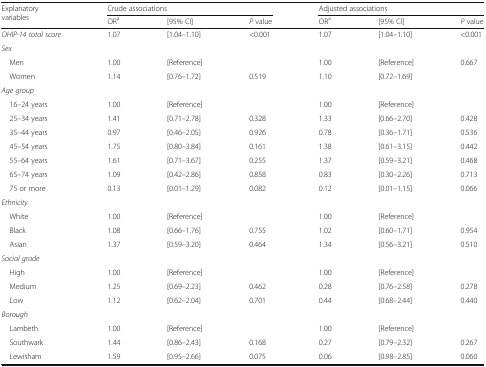
<table><thead><tr><td rowspan="2"><b>Explanatory variables</b></td><td colspan="3"><b>Crude associations</b></td><td colspan="3"><b>Adjusted associations</b></td></tr><tr><td><b>OR<sup>a</sup></b></td><td><b>[95% CI]</b></td><td><b><i>P</i> value</b></td><td><b>OR<sup>a</sup></b></td><td><b>[95% CI]</b></td><td><b><i>P</i> value</b></td></tr></thead><tbody><tr><td><i>OHIP-14 total score</i></td><td>1.07</td><td>[1.04–1.10]</td><td>&lt;0.001</td><td>1.07</td><td>[1.04–1.10]</td><td>&lt;0.001</td></tr><tr><td colspan="7"><i>Sex</i></td></tr><tr><td> Men</td><td>1.00</td><td>[Reference]</td><td></td><td>1.00</td><td>[Reference]</td><td rowspan="2">0.667</td></tr><tr><td> Women</td><td>1.14</td><td>[0.76–1.72]</td><td>0.519</td><td>1.10</td><td>[0.72–1.69]</td></tr><tr><td colspan="7"><i>Age group</i></td></tr><tr><td> 16–24 years</td><td>1.00</td><td>[Reference]</td><td></td><td>1.00</td><td>[Reference]</td><td></td></tr><tr><td> 25–34 years</td><td>1.41</td><td>[0.71–2.78]</td><td>0.328</td><td>1.33</td><td>[0.66–2.70]</td><td>0.428</td></tr><tr><td> 35–44 years</td><td>0.97</td><td>[0.46–2.05]</td><td>0.926</td><td>0.78</td><td>[0.36–1.71]</td><td>0.536</td></tr><tr><td> 45–54 years</td><td>1.75</td><td>[0.80–3.84]</td><td>0.161</td><td>1.38</td><td>[0.61–3.15]</td><td>0.442</td></tr><tr><td> 55–64 years</td><td>1.61</td><td>[0.71–3.67]</td><td>0.255</td><td>1.37</td><td>[0.59–3.21]</td><td>0.468</td></tr><tr><td> 65–74 years</td><td>1.09</td><td>[0.42–2.86]</td><td>0.858</td><td>0.83</td><td>[0.30–2.26]</td><td>0.713</td></tr><tr><td> 75 or more</td><td>0.13</td><td>[0.01–1.29]</td><td>0.082</td><td>0.12</td><td>[0.01–1.15]</td><td>0.066</td></tr><tr><td colspan="7"><i>Ethnicity</i></td></tr><tr><td> White</td><td>1.00</td><td>[Reference]</td><td></td><td>1.00</td><td>[Reference]</td><td></td></tr><tr><td> Black</td><td>1.08</td><td>[0.66–1.76]</td><td>0.755</td><td>1.02</td><td>[0.60–1.71]</td><td>0.954</td></tr><tr><td> Asian</td><td>1.37</td><td>[0.59–3.20]</td><td>0.464</td><td>1.34</td><td>[0.56–3.21]</td><td>0.510</td></tr><tr><td colspan="7"><i>Social grade</i></td></tr><tr><td> High</td><td>1.00</td><td>[Reference]</td><td></td><td>1.00</td><td>[Reference]</td><td></td></tr><tr><td> Medium</td><td>1.25</td><td>[0.69–2.23]</td><td>0.462</td><td>0.28</td><td>[0.76–2.58]</td><td>0.278</td></tr><tr><td> Low</td><td>1.12</td><td>[0.62–2.04]</td><td>0.701</td><td>0.44</td><td>[0.68–2.44]</td><td>0.440</td></tr><tr><td colspan="7"><i>Borough</i></td></tr><tr><td> Lambeth</td><td>1.00</td><td>[Reference]</td><td></td><td>1.00</td><td>[Reference]</td><td></td></tr><tr><td> Southwark</td><td>1.44</td><td>[0.86–2.43]</td><td>0.168</td><td>0.27</td><td>[0.79–2.32]</td><td>0.267</td></tr><tr><td> Lewisham</td><td>1.59</td><td>[0.95–2.66]</td><td>0.075</td><td>0.06</td><td>[0.98–2.85]</td><td>0.060</td></tr></tbody></table>